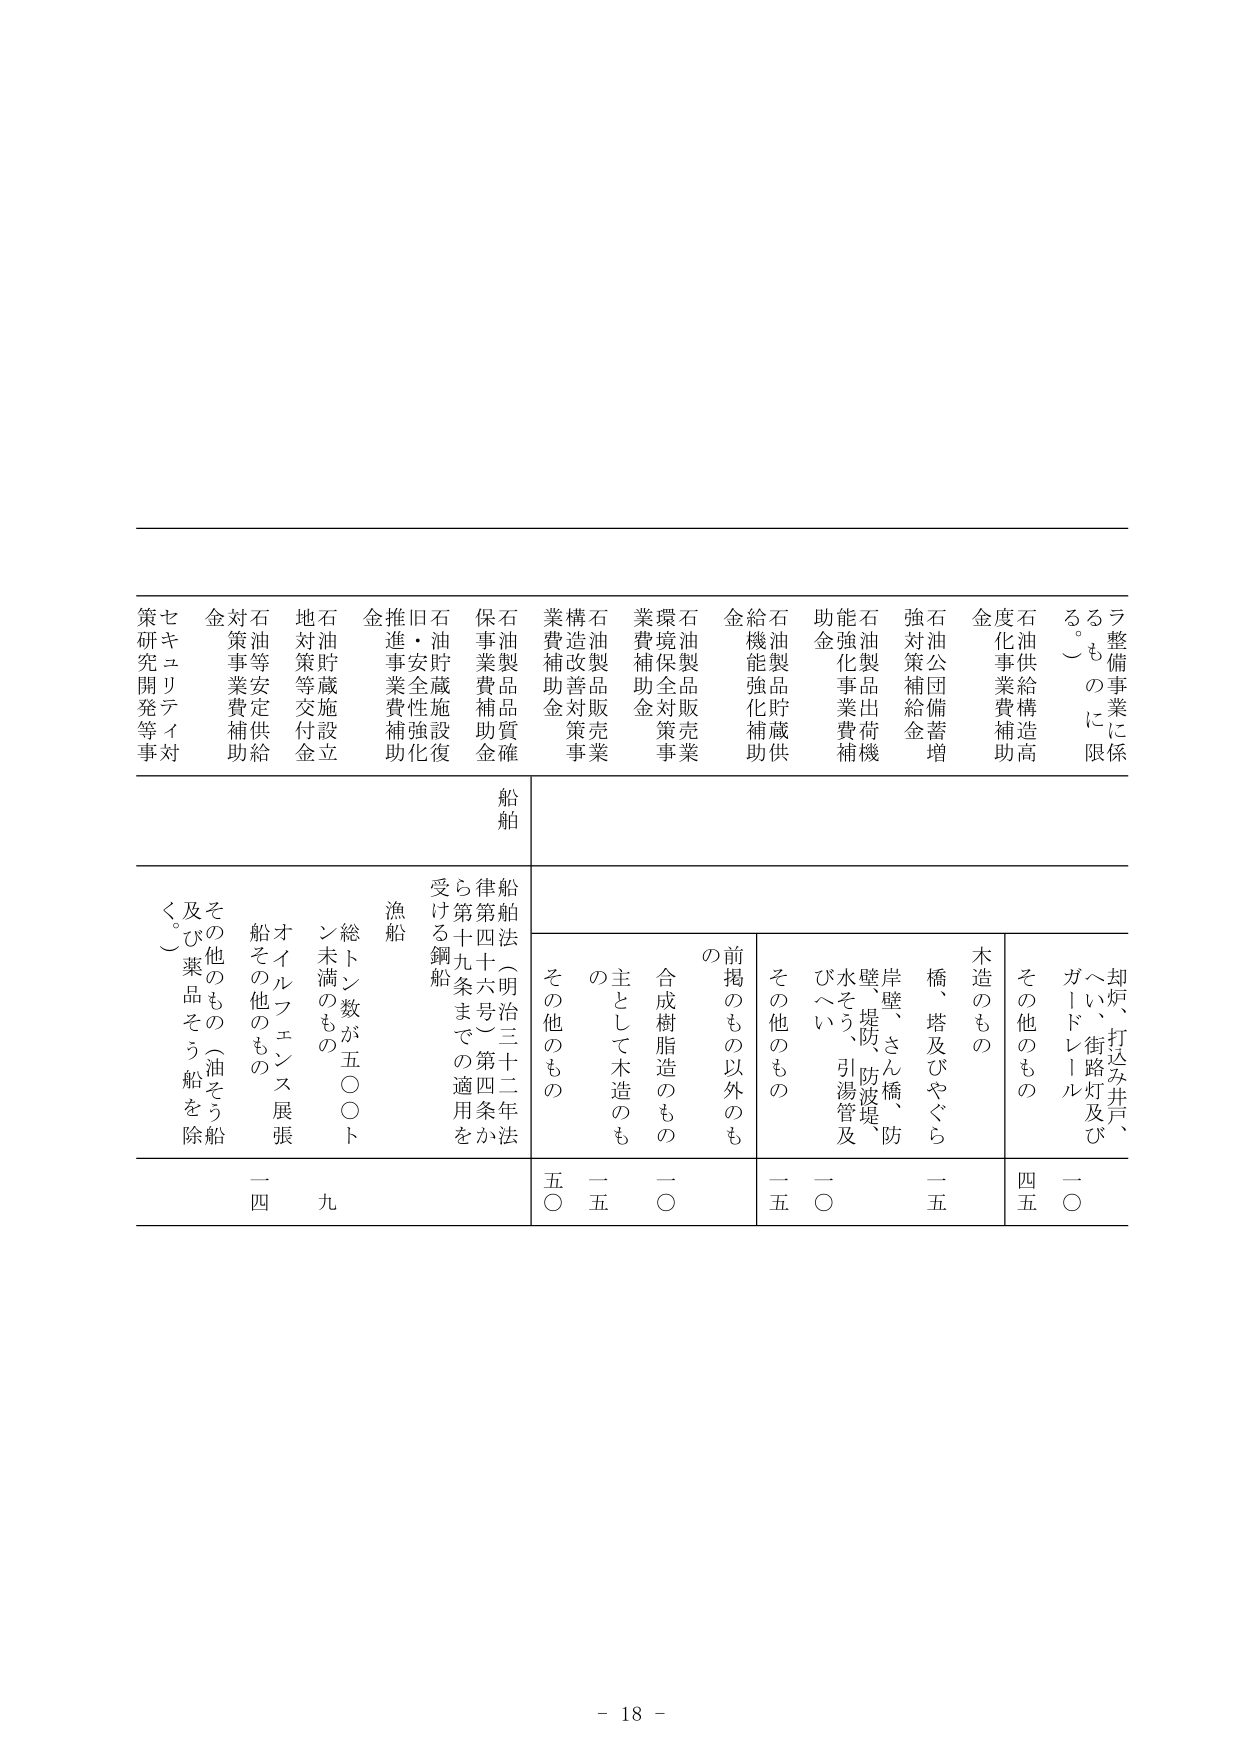
ラ整備事業に係るも のに限る。）
石油供給構造高度化事業費補助
石油公団備蓄増強対策補給金
石油製品出荷機能強化事業費補助
石油製品貯蔵供給機能強化補助
石油製品販売業環境保全対策事業費補助金
石油製品販売業構造改善対策事業費補助金
石油製品品質確保事業費補助金
石油貯蔵施設復旧・安全性強化推進事業費補助金
石油貯蔵施設立地対策等交付金
石油等安定供給対策事業費補助金
セキュリティ対策研究開発等事

船舶
船舶法（明治三十二年法律第四十六号）第四条から第十九条までの適用を受ける鋼船
漁船
総トン数が五〇〇トン未満のもの
オイルフェンス展張船その他のもの
その他のもの（油そう船及び薬品そう船を除く。）

木造のもの
橋、塔及びやぐら
岸壁、さん橋、防壁、堤防、防波堤、水そう、引湯管及びへい
却炉、打込み井戸、へい、街路灯及びガードレール
その他のもの

前掲のもの以外のもの
合成樹脂造のもの
主として木造のも の
その他のもの

一〇
一五
五〇
一四
九
一五
一〇
一五
四五
一〇

- 18 -